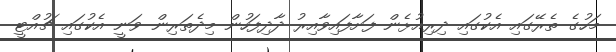
މަހުގެ ތެރޭގައި އެކުގައި ދިރިއުޅެން ފަށާފައިވާއިރު ދާދިފަހުން މިދެތަރިން ވަނީ އެކުގައި ޗުއްޓީ